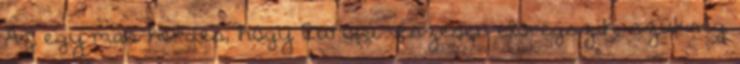
Az egy más kérdés, hogy Európa vészesen elöregszik, szükség